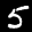
Label: 5